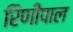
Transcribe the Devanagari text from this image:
रिणीपाल